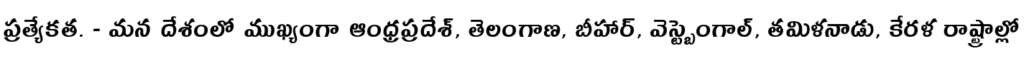
ప్రత్యేకత. - మన దేశంలో ముఖ్యంగా ఆంధ్రప్రదేశ్, తెలంగాణ, బీహార్, వెస్ట్బెంగాల్, తమిళనాడు, కేరళ రాష్ట్రాల్లో